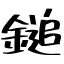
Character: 鎚